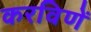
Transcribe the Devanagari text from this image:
करविणें